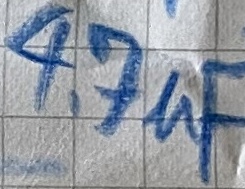
Text: 4,7µF